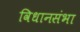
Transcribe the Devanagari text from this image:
विधानसंभा